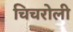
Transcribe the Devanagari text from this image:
चिचरोली